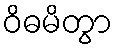
ဝိဓမိတွာ